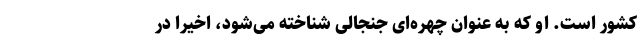
کشور است. او که به عنوان چهره‌ای جنجالی شناخته می‌شود، اخیراً در